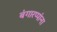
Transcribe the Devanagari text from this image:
बंगारप्पांना